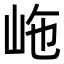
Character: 𡶊